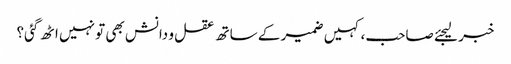
خبر لیجئے صاحب، کہیں ضمیر کے ساتھ عقل و دانش بھی تو نہیں اٹھ گئی؟